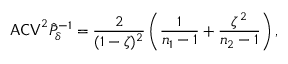
\mathsf { A C V } ^ { 2 } \hat { P } _ { \delta } ^ { - 1 } = \frac { 2 } { ( 1 - \zeta ) ^ { 2 } } \left( \frac { 1 } { n _ { 1 } - 1 } + \frac { \zeta ^ { 2 } } { n _ { 2 } - 1 } \right) ,